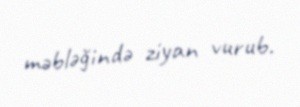
məbləğində ziyan vurub.